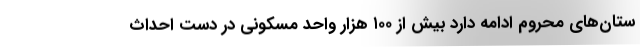
ستان‌های محروم ادامه دارد بیش از ۱۰۰ هزار واحد مسکونی در دست احداث